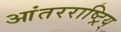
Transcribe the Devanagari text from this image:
आंतरराष्ट्रिय्